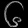
Digit: ၆